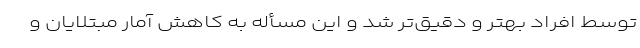
توسط افراد بهتر و دقیق‌تر شد و این مسأله به کاهش آمار مبتلایان و